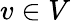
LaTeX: v\in V